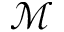
\mathcal { M }